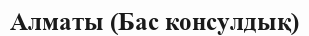
Алматы (Бас консулдық)